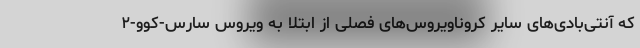
که آنتی‌بادی‌های سایر کروناویروس‌های فصلی از ابتلا به ویروس سارس-کوو-۲